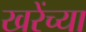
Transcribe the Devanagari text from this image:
खरेंच्या